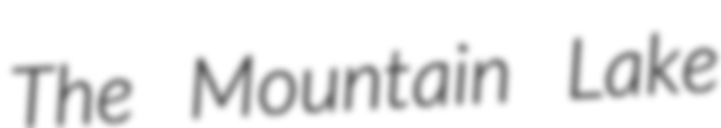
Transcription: The Mountain Lake